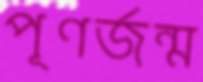
পূণর্জন্ম